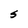
Character: S